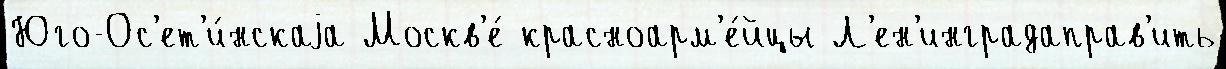
Юго-Ос'ет'и́нскаjа Москв'е́ красноарм'е́йцы Л'ен'инградаправ'ить